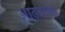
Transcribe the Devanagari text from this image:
आढयाला